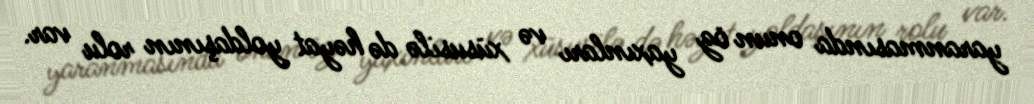
yaranmasında onun öz yaxınları və xüsusilə də həyat yoldaşının rolu var.